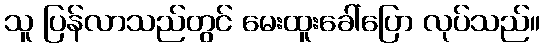
သူ ပြန်လာသည်တွင် မေးထူးခေါ်ပြော လုပ်သည်။